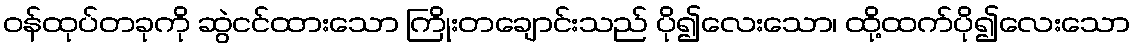
ဝန်ထုပ်တခုကို ဆွဲငင်ထားသော ကြိုးတချောင်းသည် ပို၍လေးသော၊ ထို့ထက်ပို၍လေးသော